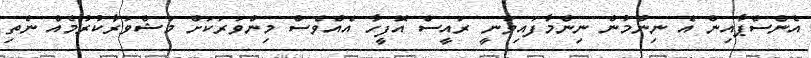
އެންސްޕާއިން އެ ނިންމުން ނިންމާފައިވަނީ ރައީސް އޮފީހާ އެއްވެސް މިންވަރަކަށް މަޝްވަރާކުރުމެއް ނެތި